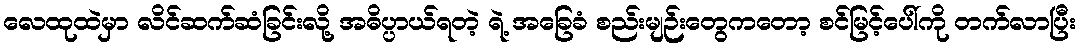
လေထုထဲမှာ လိင်ဆက်ဆံခြင်းလို့ အဓိပ္ပာယ်ရတဲ့ ရဲ့ အခြေခံ စည်းမျဉ်းတွေကတော့ စင်မြင့်ပေါ်ကို တက်လာပြီး